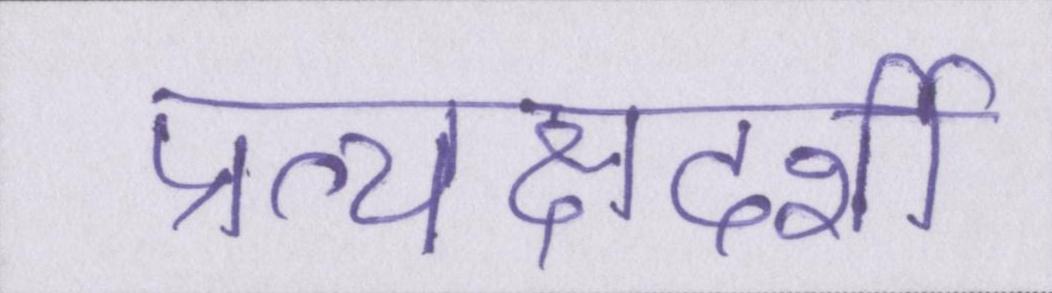
प्रत्यक्षदर्शी